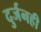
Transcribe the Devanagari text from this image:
दुर्जनही